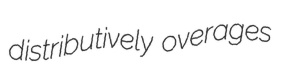
distributively overages